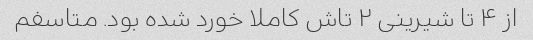
از ۴ تا شیرینی ۲ تاش کاملا خورد شده بود. متاسفم